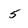
Character: 5